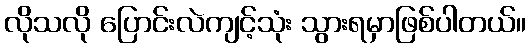
လိုသလို ပြောင်းလဲကျင့်သုံး သွားရမှာဖြစ်ပါတယ်။